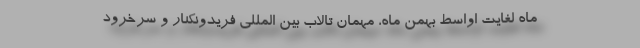
ماه لغایت اواسط بهمن ماه، مهمان تالاب بین المللی فریدونکنار و سرخرود